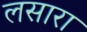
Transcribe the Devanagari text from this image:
लसारा